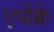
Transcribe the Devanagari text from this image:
एपोक्वे